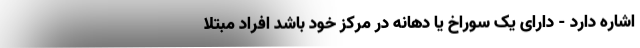
اشاره دارد - دارای یک سوراخ یا دهانه در مرکز خود باشد افراد مبتلا